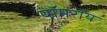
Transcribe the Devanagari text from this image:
पॉमरॉय